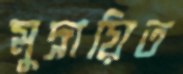
মুদ্রায়িত